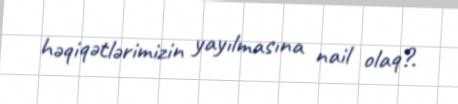
həqiqətlərimizin yayılmasına nail olaq?.